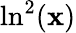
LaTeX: \ln^{2}(\mathbf{x})